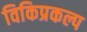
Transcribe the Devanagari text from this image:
विकिप्रकल्प